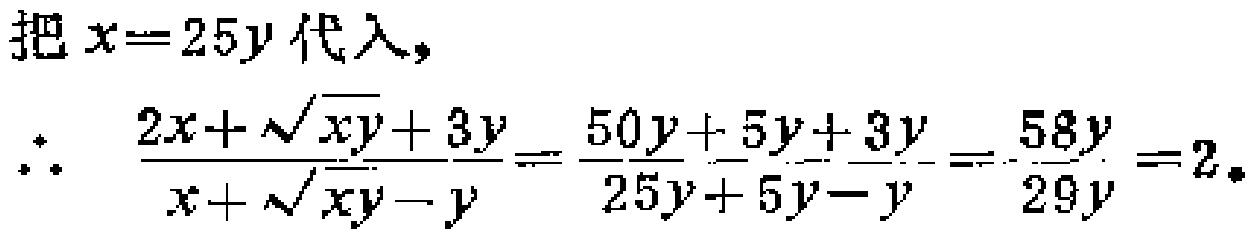
把\(x = 25y\)代入，

\(\therefore\) \(\frac{2x+\sqrt{xy}+3y}{x+\sqrt{xy}-y}=\frac{50y + 5y+3y}{25y+5y - y}=\frac{58y}{29y}=2\)。